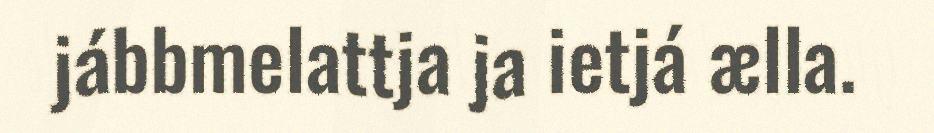
jábbmelattja ja ietjá ælla.